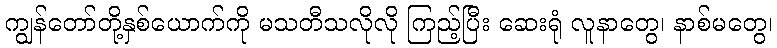
ကျွန်တော်တို့နှစ်ယောက်ကို မသတီသလိုလို ကြည့်ပြီး ဆေးရုံ လူနာတွေ၊ နာစ်မတွေ၊